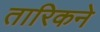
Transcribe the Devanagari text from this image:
तारिकने